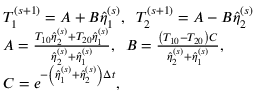
\begin{array} { r l } & { T _ { 1 } ^ { ( s + 1 ) } = A + B \widehat { \eta } _ { 1 } ^ { ( s ) } , \; \; T _ { 2 } ^ { ( s + 1 ) } = A - B \widehat { \eta } _ { 2 } ^ { ( s ) } } \\ & { A = \frac { T _ { 1 0 } \widehat { \eta } _ { 2 } ^ { ( s ) } + T _ { 2 0 } \widehat { \eta } _ { 1 } ^ { ( s ) } } { \widehat { \eta } _ { 2 } ^ { ( s ) } + \widehat { \eta } _ { 1 } ^ { ( s ) } } , \; \; B = \frac { \left( T _ { 1 0 } - T _ { 2 0 } \right) C } { \widehat { \eta } _ { 2 } ^ { ( s ) } + \widehat { \eta } _ { 1 } ^ { ( s ) } } , } \\ & { C = e ^ { - \left( \widehat { \eta } _ { 1 } ^ { ( s ) } + \widehat { \eta } _ { 2 } ^ { ( s ) } \right) \Delta t } , } \end{array}